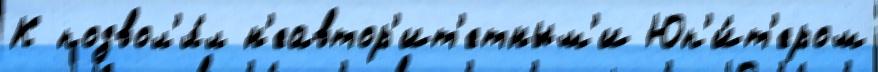
К позвол'я́л н'еавтор'ит'етным'и Юп'и́т'ером